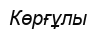
Көрғұлы